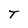
Character: T